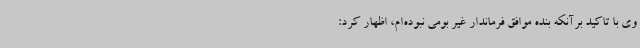
وی با تاکید برآنکه بنده موافق فرماندار غیر بومی نبوده‌ام، اظهار کرد: